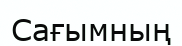
Сағымның